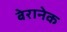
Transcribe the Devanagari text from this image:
बेरानेक